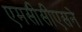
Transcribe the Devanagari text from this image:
एमसीसीएसने